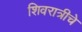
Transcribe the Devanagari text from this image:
शिवरात्रीचे